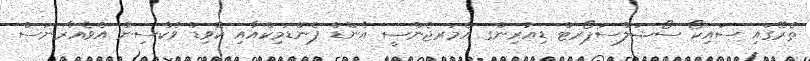
ތެރޭގައި ސައިކޯ ސޯޝަލްސަޕޯރޓް ޑިއުރިންގ އެމަރޖެންސީ އެންޑް ޕެންޑަމިކްއާއި ކޮވިޑް ވެކްސިން އެވެއާރނަސް